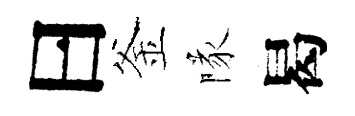
曰釜隊曷